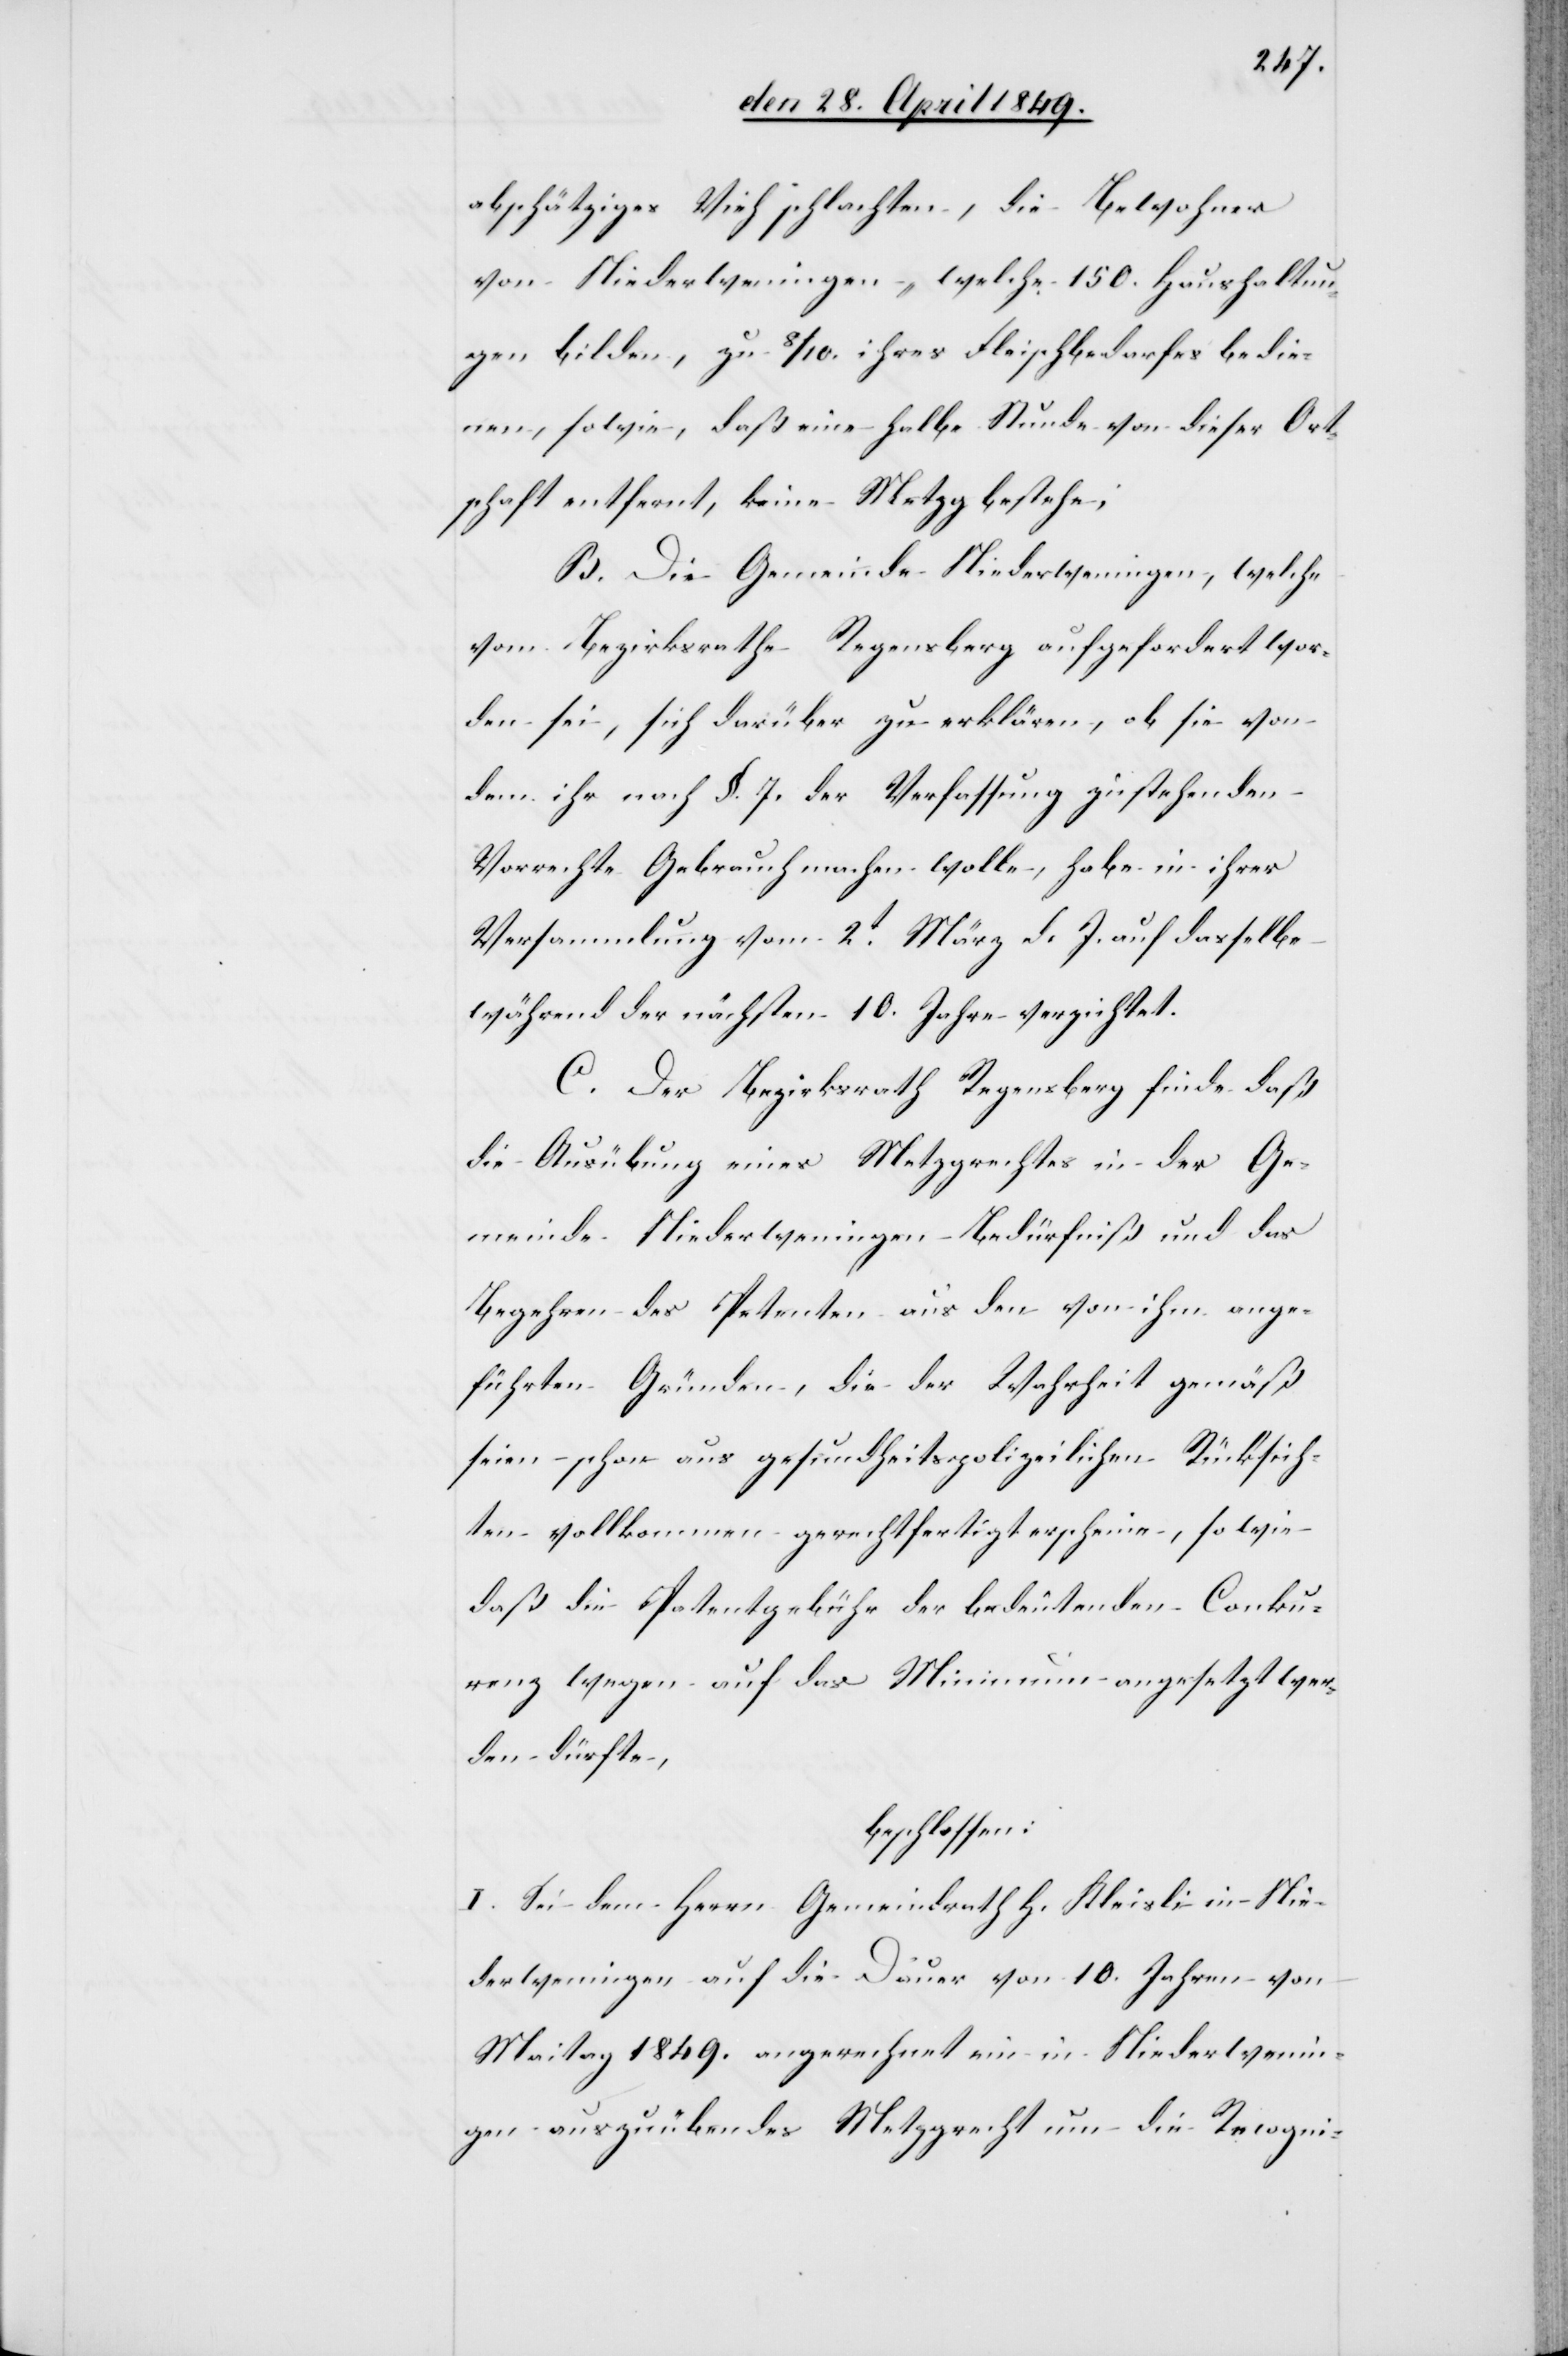
abschätziges Vieh schlachten, die Bewohner
von Niederweningen, welche 150. Haushaltun¬
gen bilden, zu 8/10. ihres Fleischbedarfes bedie¬
nen, sowie, daß eine halbe Stunde von dieser Ort¬
schaft entfernt, keine Metzg bestehe;
B. Die Gemeinde Niederweningen, welche
vom Bezirksrathe Regensberg aufgefordert wor¬
den sei, sich darüber zu erklären, ob sie von
dem ihr nach §. 7. der Verfassung zustehenden
Vorrechte Gebrauch machen wolle, habe in ihrer
Versammlung vom 2t März d. J. auf dasselbe
während der nächsten 10. Jahre verzichtet.
C. Der Bezirksrath Regensberg finde daß
die Ausübung eines Metzgrechtes in der Ge¬
meinde Niederweningen Bedürfniß und das
Begehren des Petenten aus den von ihm ange¬
führten Gründen, die der Wahrheit gemäß
seien schon aus gesundheitspolizeilichen Rücksich¬
ten vollkommen gerechtfertigt erscheine, so wie
daß die Patentgebühr der bedeutenden Conku¬
renz wegen auf das Minimum ausgesetzt wer¬
den dürfte,
beschlossen:
I. Sei dem Herrn Gemeindrath h. Kleisli in Nie¬
derweningen auf die Dauer von 10. Jahren von
Maitag 1849. angerechnet ein in Niederwenin¬
gen auszuübendes Metzgrecht um die Recogni-